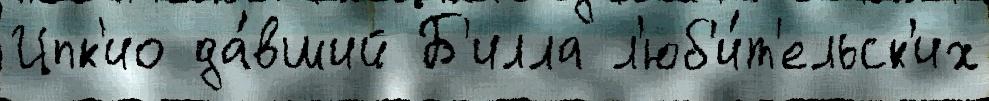
Цпк'ио да́вший Б'илла л'юб'и́т'ельск'их